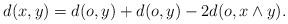
LaTeX: \begin{align*}d(x,y)=d(o,y)+d(o,y)-2d(o,x\wedge y). \end{align*}